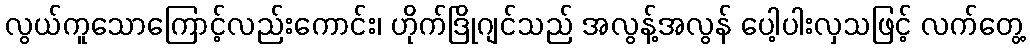
လွယ်ကူသောကြောင့်လည်းကောင်း၊ ဟိုက်ဒြိုဂျင်သည် အလွန့်အလွန် ပေါ့ပါးလှသဖြင့် လက်တွေ့